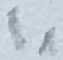
Text: I1